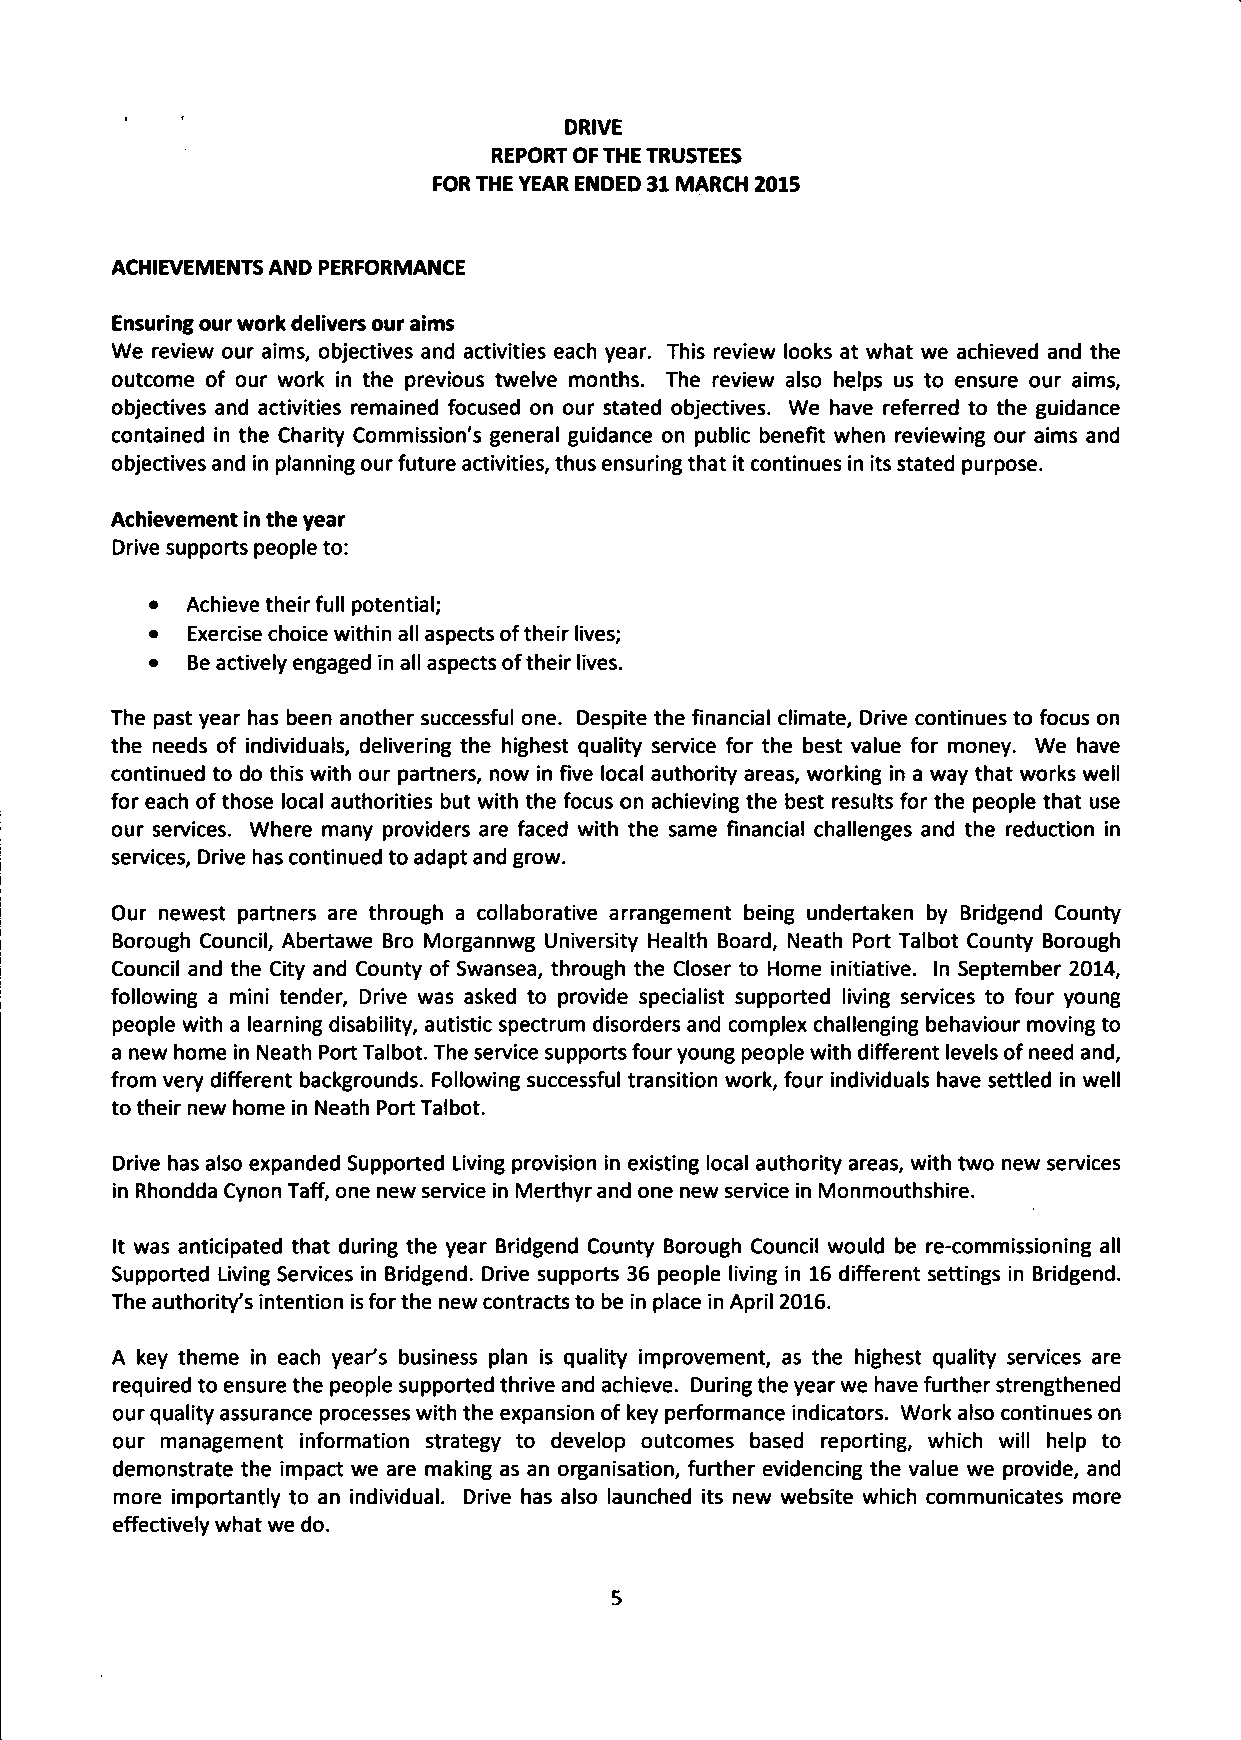
DRIVE
 REPORT OF THE TRUSTEES
 FOR THE YEAR ENDED 31 MARCH 2015
 ACHIEVEMENTS AND PERFORMANCE
 Ensuring our work delivers our aims
 We review our aims, objectives and activities each year. This review looks at what we achieved and the
 outcome of our work in the previous twelve months. The review also helps us to ensure our aims,
 objectives and activities remained focused on our stated objectives. We have referred to the guidance
 contained in the Charity Commission's general guidance on public benefit when reviewing our aims and
 objectives and in planning our future activities, thus ensuring that it continues in its stated purpose.
 Achievement in the year
 Drive supports people to:
 • Achieve their full potential;
 • Exercise choice within all aspects of their lives;
 • Be actively engaged in all aspects of their lives.
 The past year has been another successful one. Despite the financial climate, Drive continues to focus on
 the needs of individuals, delivering the highest quality service for the best value for money. We have
 continued to do this with our partners, now in five local authority areas, working in a way that works well
 for each of those local authorities but with the focus on achieving the best results for the people that use
 our services. Where many providers are faced with the same financial challenges and the reduction in
 services, Drive has continued to adapt and grow.
 Our newest partners are through a collaborative arrangement being undertaken by Bridgend County
 Borough Council, Abertawe Bro Morgannwg University Health Board, Neath Port Talbot County Borough
 Council and the City and County of Swansea, through the Closer to Home initiative. In September 2014,
 following a mini tender, Drive was asked to provide specialist supported living services to four young
 people with a learning disability, autistic spectrum disorders and complex challenging behaviour moving to
 a new home in Neath Port Talbot. The service supports four young people with different levels of need and,
 from very different backgrounds. Following successful transition work, four individuals have settled in well
 to their new home in Neath Port Talbot.
 Drive has also expanded Supported Living provision in existing local authority areas, with two new services
 in Rhondda Cynon Taff, one new service in Merthyr and one new service in Monmouthshire.
 It was anticipated that during the year Bridgend County Borough Council would be re-commissioning all
 Supported Living Services in Bridgend. Drive supports 36 people living in 16 different settings in Bridgend.
 The authority's intention is for the new contracts to be in place in April 2016.
 A key theme in each year's business plan is quality improvement, as the highest quality services are
 required to ensure the people supported thrive and achieve. During the year we have further strengthened
 our quality assurance processes with the expansion of key performance indicators. Work also continues on
 our management information strategy to develop outcomes based reporting, which will help to
 demonstrate the impact we are making as an organisation, further evidencing the value we provide, and
 more importantly to an individual. Drive has also launched its new website which communicates more
 effectively what we do.
 5